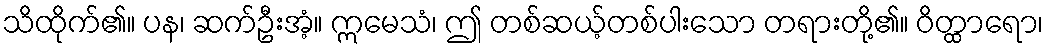
သိထိုက်၏။ ပန၊ ဆက်ဦးအံ့။ ဣမေသံ၊ ဤ တစ်ဆယ့်တစ်ပါးသော တရားတို့၏။ ဝိတ္ထာရော၊